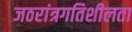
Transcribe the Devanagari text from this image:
जठरांत्रगतिशीलता